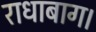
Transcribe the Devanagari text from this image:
राधाबाग।